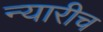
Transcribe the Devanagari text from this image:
न्यारीच